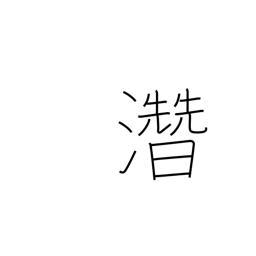
Meaning: hidden